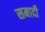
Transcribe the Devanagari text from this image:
समादी